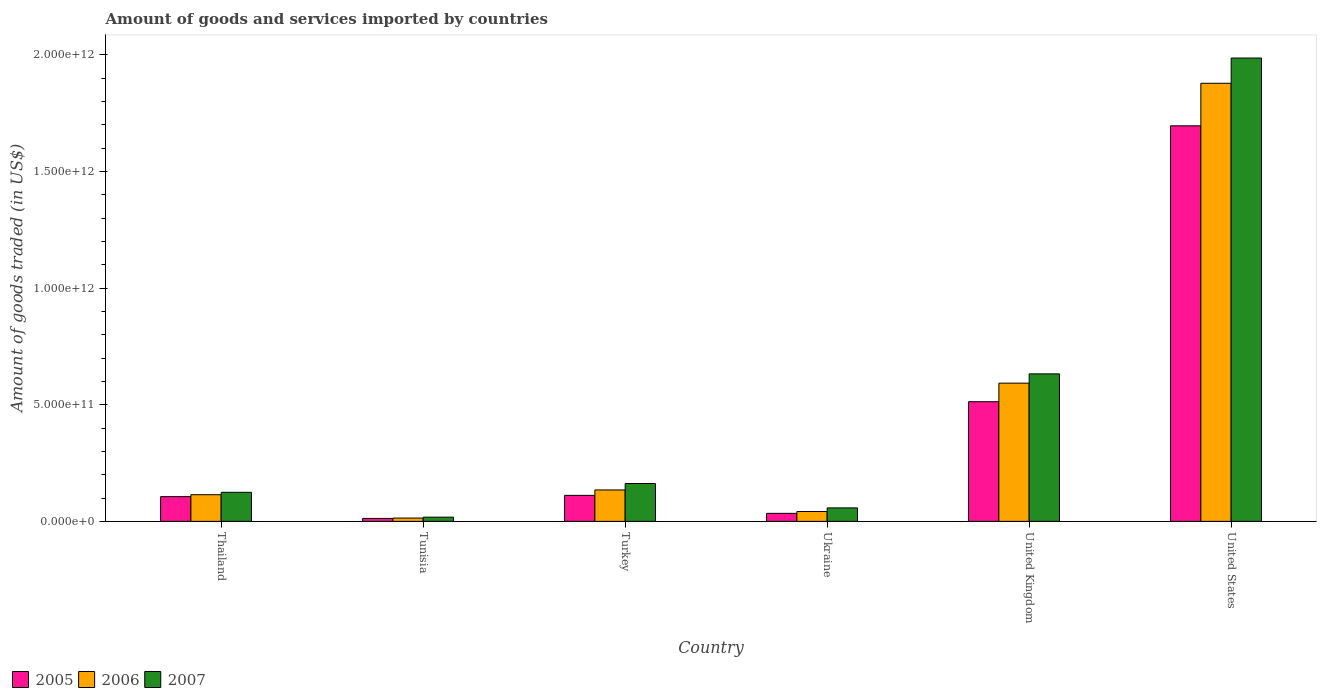
| Country | 2005 | 2006 | 2007 |
 | --- | --- | --- | --- |
 | Thailand | 1.06e+11 | 1.14e+11 | 1.25e+11 |
 | Tunisia | 1.26e+10 | 1.42e+10 | 1.8e+10 |
 | Turkey | 1.11e+11 | 1.35e+11 | 1.62e+11 |
 | Ukraine | 3.44e+10 | 4.22e+10 | 5.78e+10 |
 | United Kingdom | 5.13e+11 | 5.93e+11 | 6.32e+11 |
 | United States | 1.7e+12 | 1.88e+12 | 1.99e+12 |